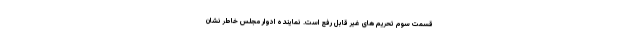
قسمت سوم تحریم های غیر قابل رفع است. نماینده ادوار مجلس خاطر نشان